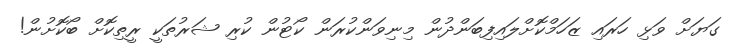
ގަޔަށް ވަޅި ހަރައި ޒަހަމްކޮށްލައިފިބަންދުން މިނިވަންކުރަން ކޯޓުން ކުރި ޝަރުތަކީ ރީތިކޮށް ބޯކޮށުން!